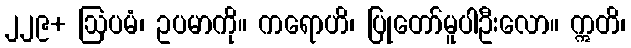
၂၂၉+ ဩပမံ၊ ဥပမာကို။ ကရောဟိ၊ ပြုတော်မူပါဦးလော။ ဣတိ၊